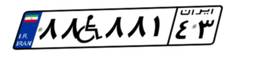
۸۸W۸۸۱۴۳